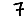
Digit: 7